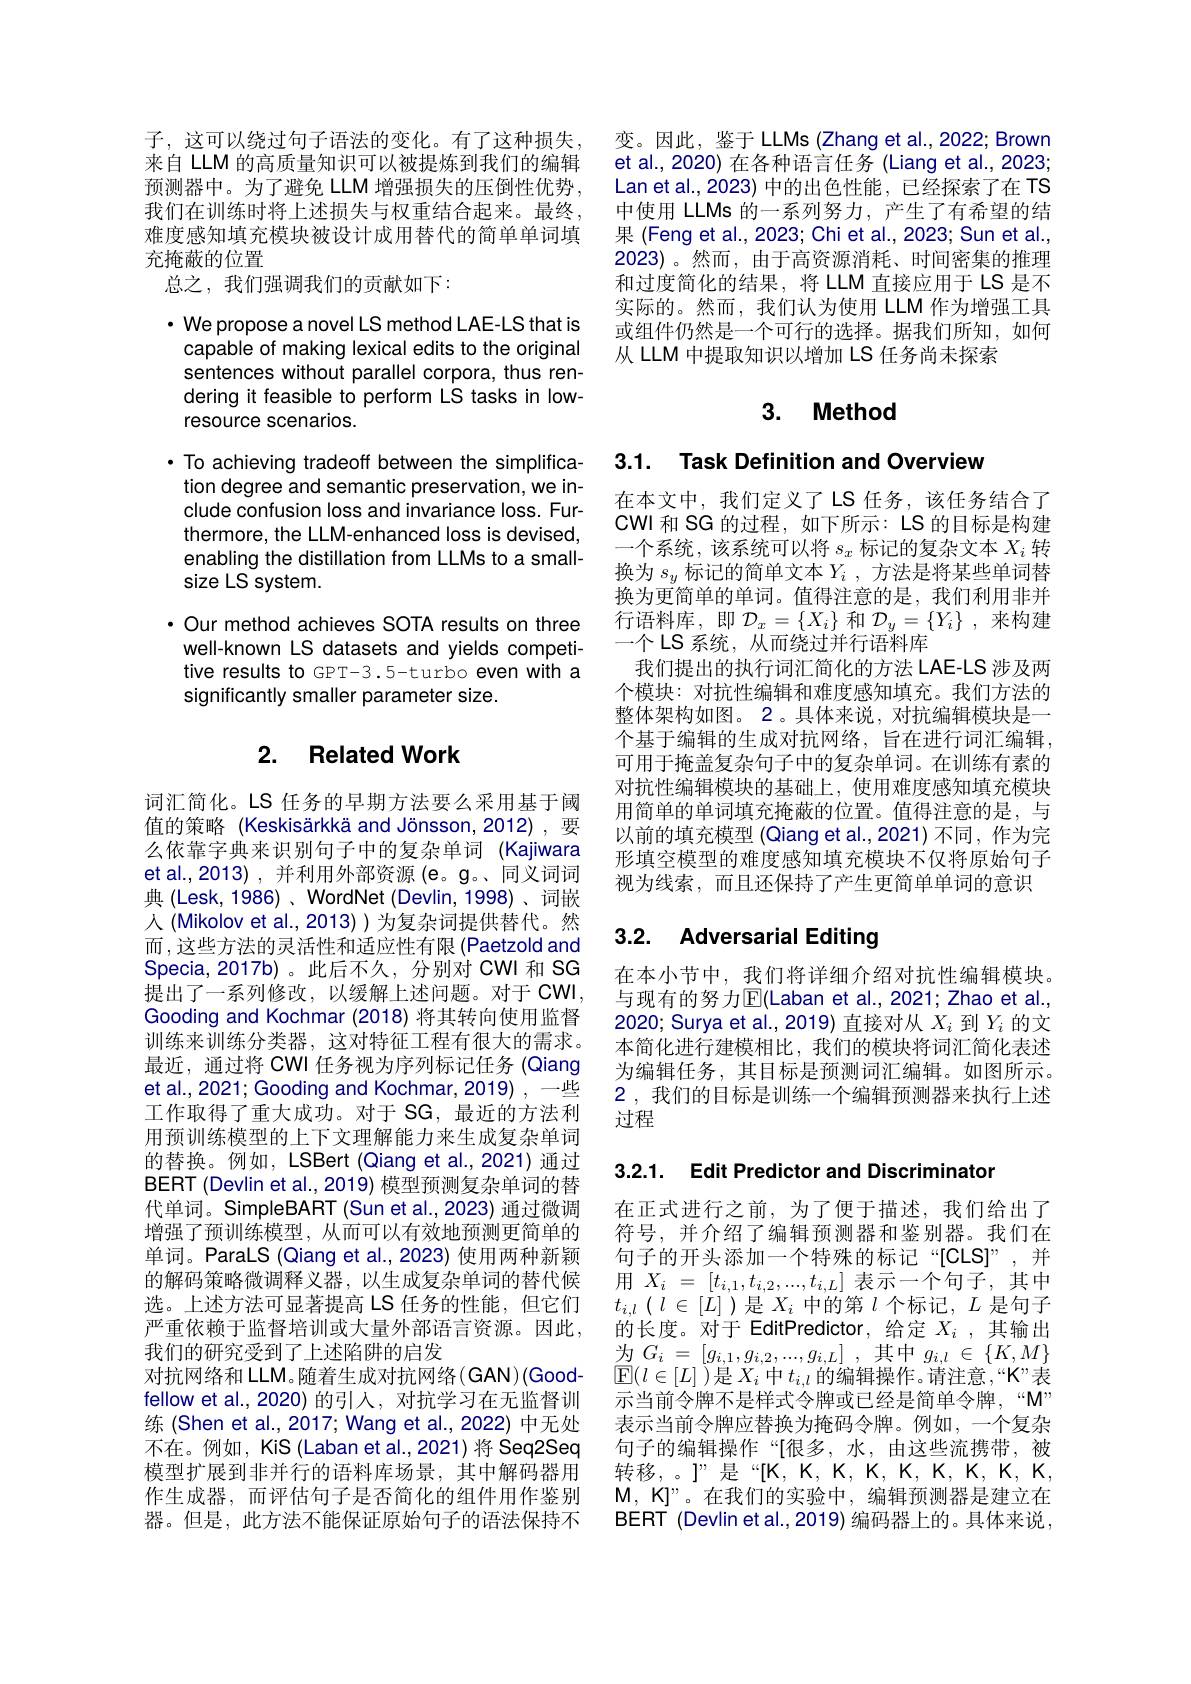
子，这可以绕过句子语法的变化。有了这种损失来自 LLM 的高质量知识可以被提炼到我们的编辑预测器中。为了避免 LLM 增强损失的压倒性优势， 我们在训练时将上述损失与权重结合起来。最终， 难度感知填充模块被设计成用替代的简单单词填充掩蔽的位置
总之，我们强调我们的贡献如下：

$\cdot$ We propose a novel LS method LAE-LS that is capable of making lexical edits to the original sentences without parallel corpora, thus rendering it feasible to perform LS tasks in lowresource scenarios.
· To achieving tradeoff between the simplification degree and semantic preservation, we include confusion loss and invariance loss. Furthermore, the LLM-enhanced loss is devised, enabling the distillation from LLMs to a smallsize LS system.
·Our method achieves SOTA results on three well-known LS datasets and yields competitive results to GPT-3.5-turbo even with a

significantly smaller parameter size.

## 2. Related Work

词汇简化。LS 任务的早期方法要么采用基于阈值的策略 (Keskisärkkä and Jönsson, 2012) , 要么依靠字典来识别句子中的复杂单词 (Kajiwara et al.,2013),并利用外部资源(e。g。、同义词词典 (Lesk, 1986) , WordNet (Devlin, 1998)、词嵌人 (Mikolov et al., 2013) ) 为复杂词提供替代。然而 ,这些方法的灵活性和适应性有限 (Paetzold and Specia,2017b)。此后不久，分别对 CWI 和 SG 提出了一系列修改，以缓解上述问题。对于 CWI, Gooding and Kochmar (2018) 将其转向使用监督训练来训练分类器，这对特征工程有很大的需求。最近，通过将 CWI 任务视为序列标记任务 (Qiang et al., 2021; Gooding and Kochmar, 2019) , 一些工作取得了重大成功。对于 SG,最近的方法利用预训练模型的上下文理解能力来生成复杂单词的替换。例如，LSBert (Qiang et al.,2021) 通过BERT (Devlin et al., 2019) 模型预测复杂单词的替代单词。SimpleBART (Sun et al., 2023) 通过微调增强了预训练模型，从而可以有效地预测更简单的单词。ParaLS (Qiang et al., 2023) 使用两种新颖的解码策略微调释义器，以生成复杂单词的替代候选。上述方法可显著提高 LS 任务的性能，但它们严重依赖于监督培训或大量外部语言资源。因此， 我们的研究受到了上述陷阱的启发$\begin{array}{rl}\text{为 }G_{i}=[g_{i,1},g_{i,2},...,g_{i,L}]&,\text{其中 }g_{i,l}\in\{K,M\}\\\text{对抗网络和 LLM。随着生成对抗网络(GAN)(Good-}&\mathbb{E}(l\in[L])\text{是 }X_{i}\text{ 中 }t_{i,l}\text{ 的编辑操作。请注意，“K”表}\end{array}$
fellow et al.,2020) 的引人，对抗学习在无监督训练(Shen et al., 2017; Wang et al., 2022) 中无处不在。例如，KiS (Laban et al.,2021) 将 Seq2Seq 模型扩展到非并行的语料库场景，其中解码器用作生成器，而评估句子是否简化的组件用作鉴别器。但是，此方法不能保证原始句子的语法保持不

变。因此，鉴于 LLMs (Zhang et al., 2022; Brown et al., 2020) 在各种语言任务 (Liang et al., 2023; Lan et al., 2023) 中的出色性能，已经探索了在 TS 中使用 LLMs 的一系列努力，产生了有希望的结果 (Feng et al., 2023; Chi et al., 2023; Sun et al., 2023)。然而，由于高资源消耗、时间密集的推理和过度简化的结果，将 LLM 直接应用于 LS 是不实际的。然而，我们认为使用 LLM 作为增强工具或组件仍然是一个可行的选择。据我们所知，如何从 LLM 中提取知识以增加 LS 任务尚未探索

# 3. Method

3.1. Task Definition and Overview

在本文中，我们定义了LS 任务，该任务结合了CWI 和 SG 的过程，如下所示：LS 的目标是构建一个系统，该系统可以将$s_x$标记的复杂文本$X_i$转换为$s_y$标记的简单文本$Y_i$ , 方法是将某些单词替换为更简单的单词。值得注意的是，我们利用非并行语料库，即$\mathcal{D}_x=\{X_i\}$和$\mathcal{D}_y=\{Y_i\}$ ,来构建一个LS 系统，从而绕过并行语料库
我们提出的执行词汇简化的方法 LAE-LS 涉及两个模块：对抗性编辑和难度感知填充。我们方法的整体架构如图。2。具体来说，对抗编辑模块是一个基于编辑的生成对抗网络，旨在进行词汇编辑， 可用于掩盖复杂句子中的复杂单词。在训练有素的对抗性编辑模块的基础上，使用难度感知填充模块用简单的单词填充掩蔽的位置。值得注意的是，与以前的填充模型 (Qiang et al.,2021)不同，作为完形填空模型的难度感知填充模块不仅将原始句子视为线索，而且还保持了产生更简单单词的意识

# 3.2. Adversarial Editing

在本小节中，我们将详细介绍对抗性编辑模块。与现有的努力$\mathbb{E}($Laban et al., 2021; Zhao et al., 2020; Surya et al., 2019) 直接对从$X_i$到$Y_i$的文本简化进行建模相比，我们的模块将词汇简化表述为编辑任务，其目标是预测词汇编辑。如图所示。2,我们的目标是训练一个编辑预测器来执行上述过程

3.2.1. Edit Predictor and Discriminator

在正式进行之前，为了便于描述，我们给出了符号，并介绍了编辑预测器和鉴别器。我们在句子的开头添加一个特殊的标记“[CLS]”,并用$X_i$ = $[ t_{i, 1}, t_{i, 2}, . . . , t_{i, L}]$ 表示一个句子，其中$t_{i, l}$ ( $l$ $\in$ $[ L]$ ) 是$X_i$中的第$l$个标记，$L$是句子的长度。对于 EditPredictor, 给定$X_i$,其输出示当前令牌不是样式令牌或已经是简单令牌，“M” 表示当前令牌应替换为掩码令牌。例如，一个复杂句子的编辑操作“[很多，水，由这些流携带，被转移，。]”是“[K,K,K,K,K,K,K,K,K,K,K, $\mathcal{M},\mathcal{K}$”。在我们的实验中，编辑预测器是建立在BERT (Devlin et al.,2019) 编码器上的。具体来说，